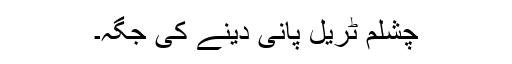
چشلم ٹریل پانی دینے کی جگہ۔